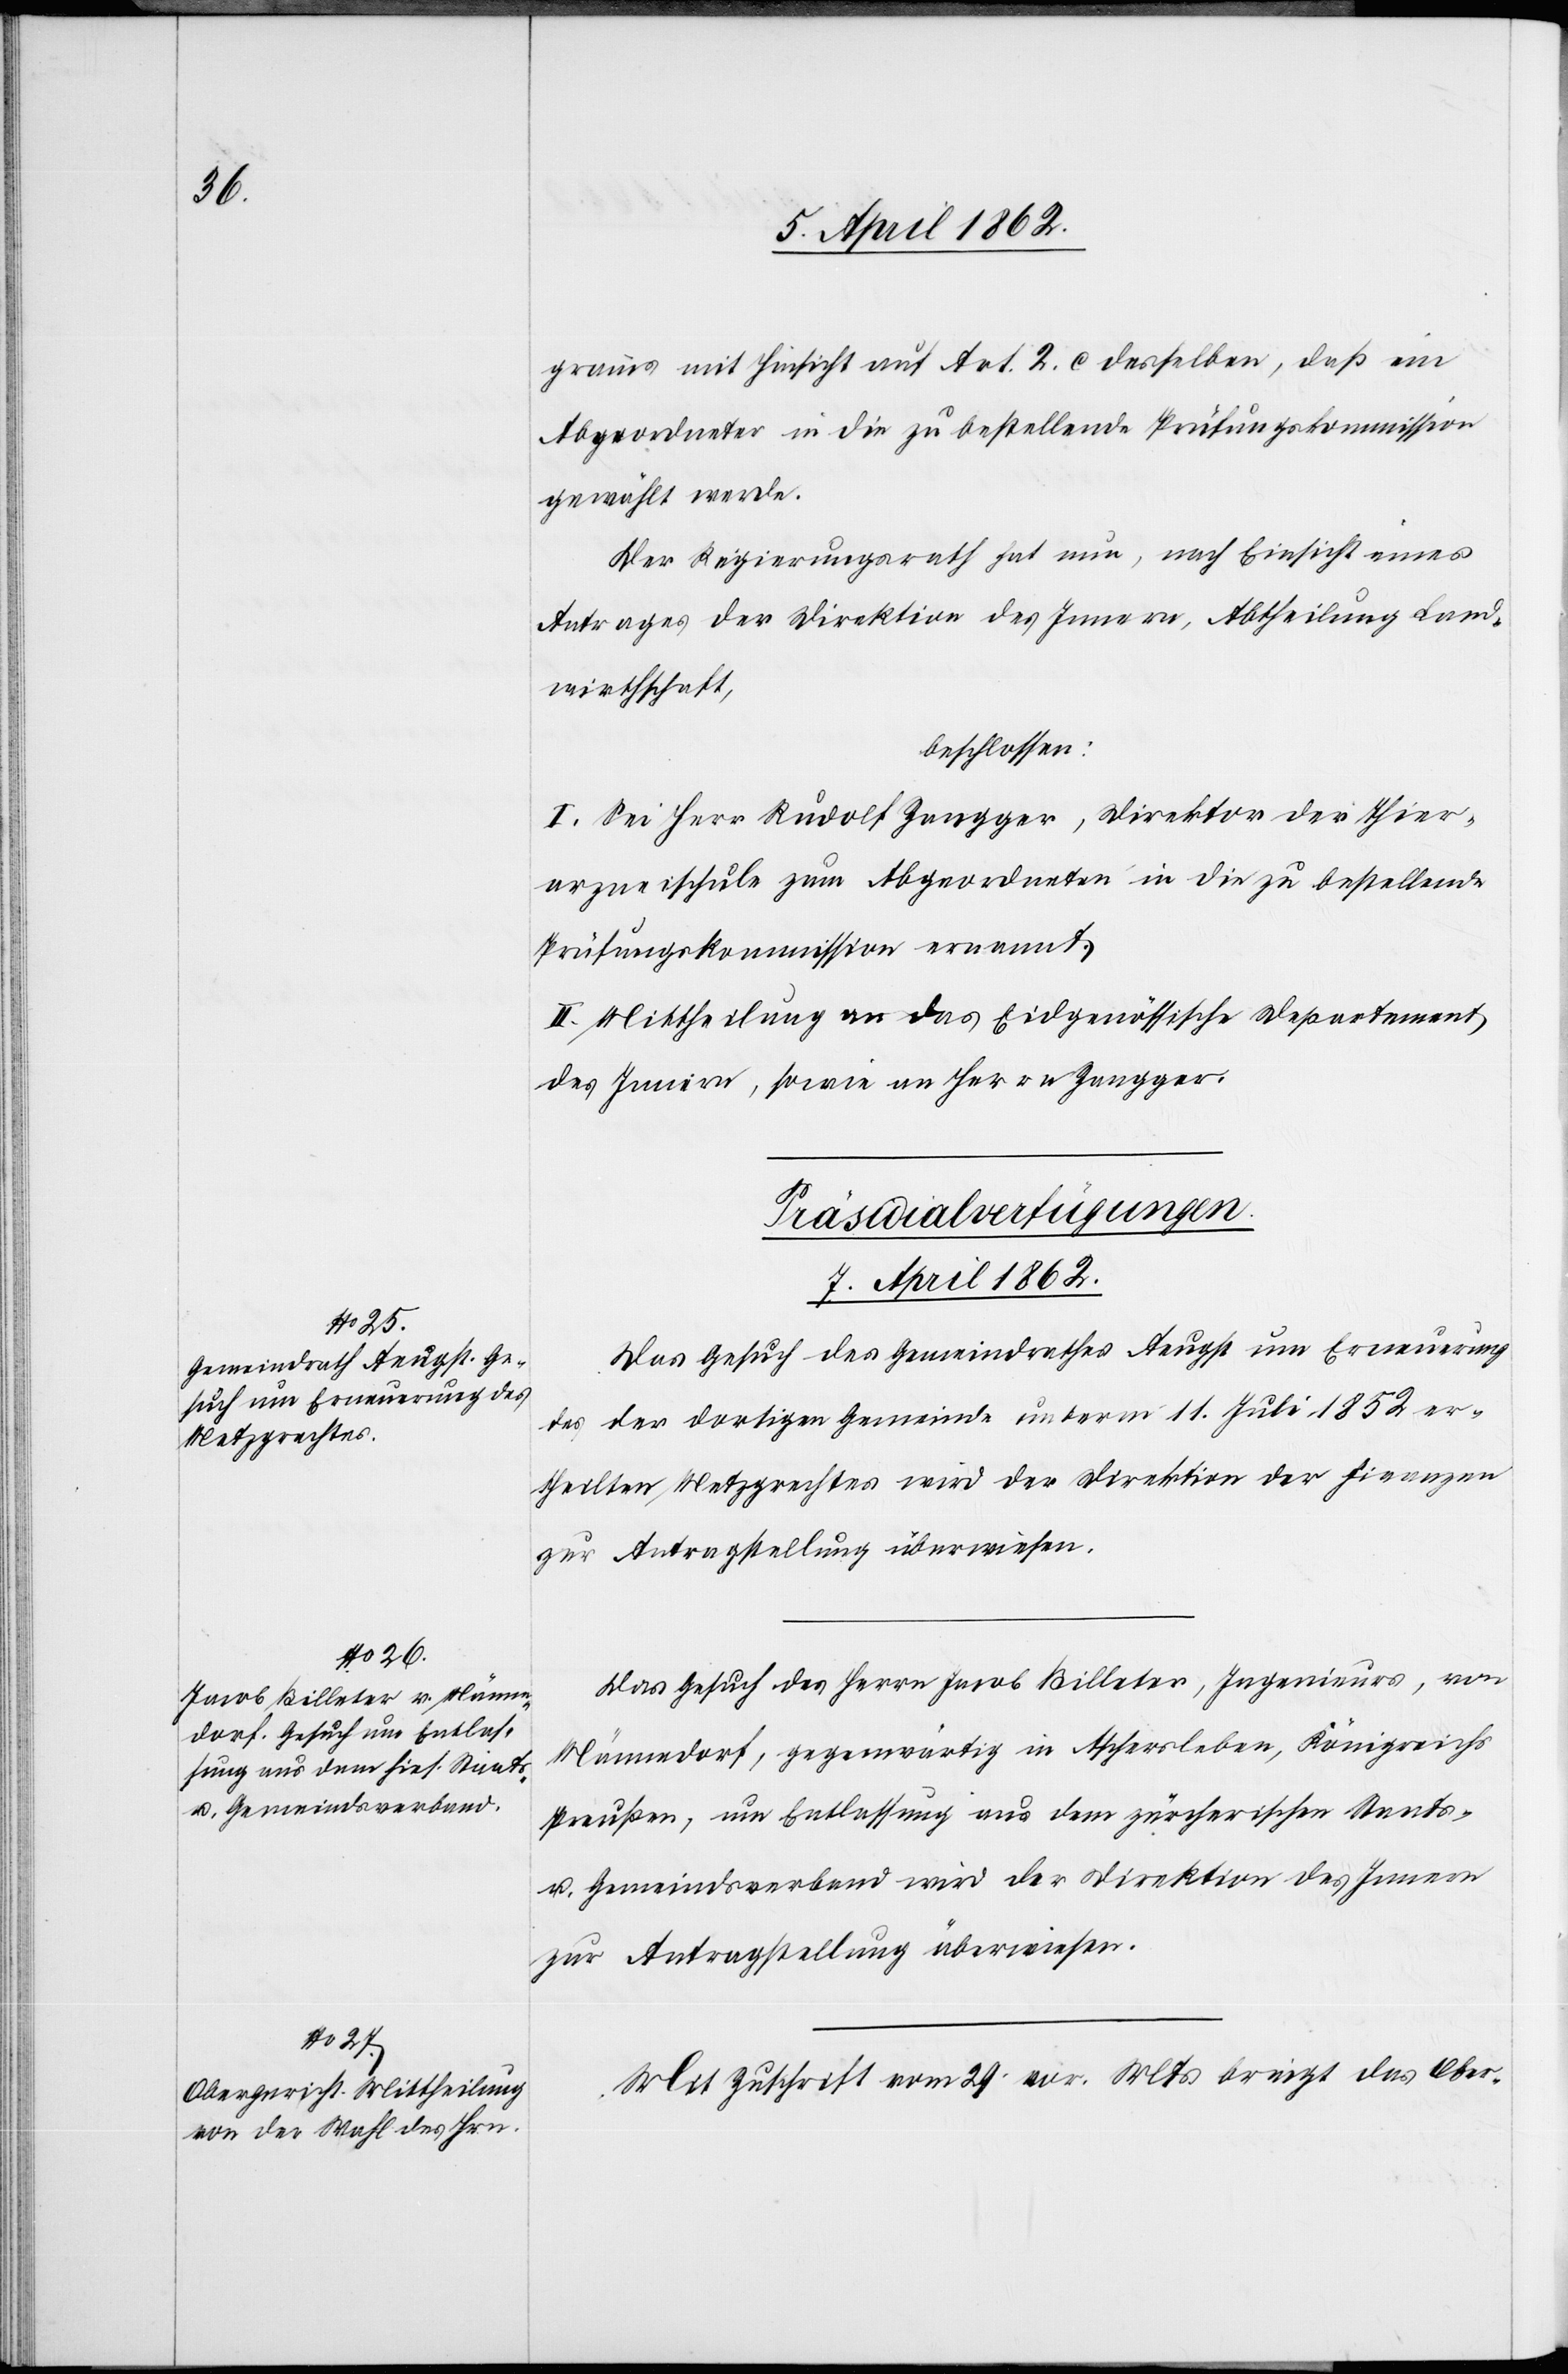
gramms mit Hinsicht auf Art. 2. c desselben, daß ein
Abgeordneter in die zu bestellende Prüfungskommission
gewählt werde.
Der Regierungsrath hat nun, nach Einsicht eines
Antrages der Direktion des Innern, Abtheilung Land¬
wirthschaft,
beschlossen:
I. Sei Herr Rudolf Zangger, Direktor der Thier¬
arzneischule zum Abgeordneten in die zu bestellende
Prüfungskommission ernannt.
II. Mittheilung an das Eidgenössische Departement
des Innern, sowie an Herrn Zangger.
[Präsidialverfügungen.
7. April 1862.]
Das Gesuch des Gemeindrathes Aeugst um Erneuerung
des der dortigen Gemeinde unterm 11. Juli 1852 er¬
theilten Metzgrechtes wird der Direktion der Finanzen
Das Gesuch des Herrn Jacob Billeter, Ingenieur, von
Männedorf, gegenwärtig in Aschersleben, Königreichs
Preußen, um Entlassung aus dem zürcherischen Staats-
u. Gemeindsverband wird der Direktion des Innern
zur Antragstellung überwiesen.
Mit Zuschrift vom 29. vor. Mts. bringt das Ober-